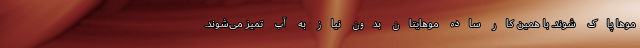
موها پاک شوند. با همین کار ساده موهایتان بدون نیاز به آب تمیز می‌شوند.